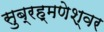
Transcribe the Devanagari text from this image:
सुब्रह्मणेश्वर